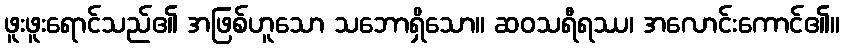
ဖူးဖူးရောင်သည်၏ အဖြစ်ဟူသော သဘောရှိသော။ ဆဝသရီရဿ၊ အလောင်းကောင်၏။